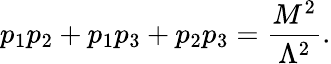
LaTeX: p_{1}p_{2}+p_{1}p_{3}+p_{2}p_{3}=\frac{M^{2}}{\Lambda^{2}}.